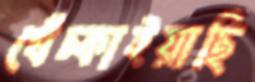
খেঁচ্‌কাইয়াছি